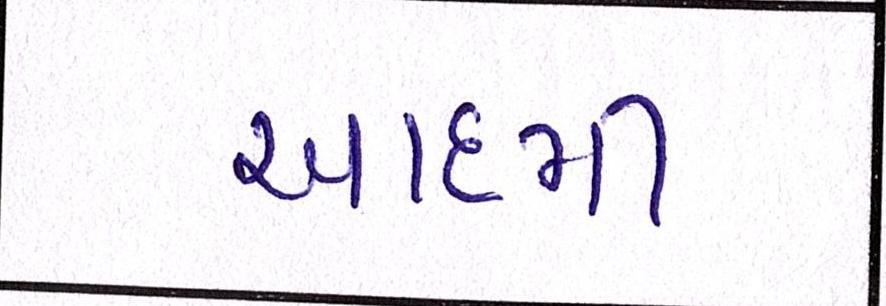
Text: આદમી